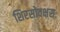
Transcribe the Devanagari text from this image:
शिरसोवक्षसः